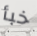
خبأ